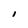
Character: I